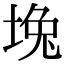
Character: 堍